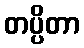
တပ္ပိတာ